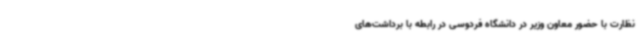
نظارت با حضور معاون وزیر در دانشگاه فردوسی در رابطه با برداشت‌های